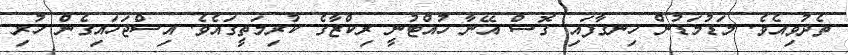
ތެދުވިއެވެ. މަޑުމަޑުން ހިނގާފައި ގޮސް އޭނާ ހުއްޓުނީ ރިކްޒާގެ ކުރިމަތީގައެވެ. އިސްޖަހައިގެން ހުރި